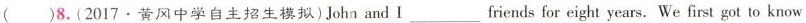
( )8. (2017 · 黄风中学自主招生模拟)John and I___friends for eight years. We first got to know